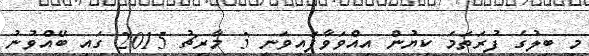
މި ބިލުގެ ފުރަތަމަ ކިޔުން އިއްވަވާފައިވަނީ 3 މާރިޗު 2015 ގައި ބޭއްވުނު